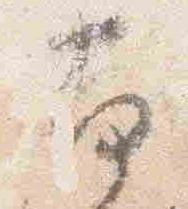
南